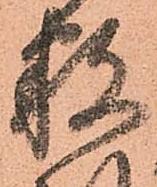
数